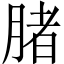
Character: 䐗